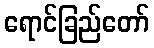
ရောင်ခြည်တော်